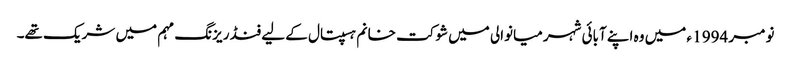
نومبر 1994 ء میں وہ اپنے آبائی شہر میانوالی میں شوکت خانم ہسپتال کے لیے فنڈ ریزنگ مہم میں شریک تھے۔